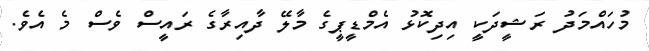
މުހައްމަދު ރަޝީދަކީ އިދިކޮޅު އެމްޑީޕީގެ މާލޭ ދާއިރާގެ ރައީސް ވެސް މެ އެވެ.